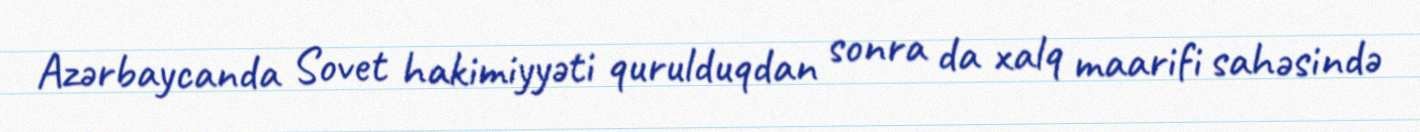
Azərbaycanda Sovet hakimiyyəti qurulduqdan sonra da xalq maarifi sahəsində